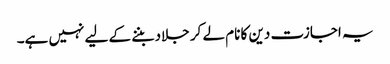
یہ اجازت دین کا نام لے کر جلاد بننے کے لیے نہیں ہے۔